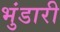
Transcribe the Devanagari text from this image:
भुंडारी